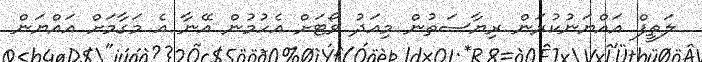
ލަތީފް އައްޔަނުކުރަން ރިޔާސަތުން މިއަދު ވޯޓަށް އެހުމުން އޭނާ އެ މަގާމަށް އައްޔަން